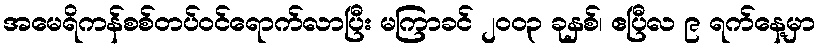
အမေရိကန်စစ်တပ်ဝင်ရောက်လာပြီး မကြာခင် ၂၀၀၃ ခုနှစ်၊ ဧပြီလ ၉ ရက်နေ့မှာ